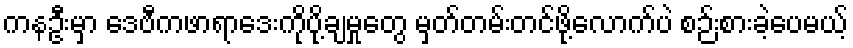
ကနဦးမှာ ဒေဗီကဖာရာဒေးကိုပို့ချမှုတွေ မှတ်တမ်းတင်ဖို့လောက်ပဲ စဉ်းစားခဲ့ပေမယ့်